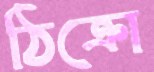
ঠিক্‌রো